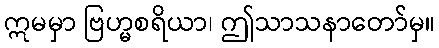
ဣမမှာ ဗြဟ္မစရိယာ၊ ဤသာသနာတော်မှ။